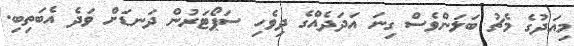
މިއަދުގެ މެޗު ބަލަންވެސް ގިނަ އަދަދެއްގެ ދިވެހި ސަޕޯޓަރުން ދަނޑަށް ވަދެ އެބަތިބި.